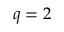
q = 2